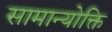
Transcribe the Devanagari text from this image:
सामान्योक्ति